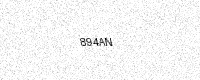
Text: 894AN